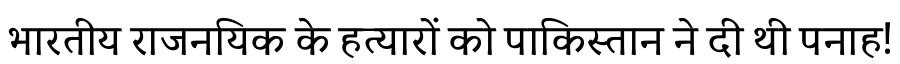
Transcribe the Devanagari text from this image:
भारतीय राजनयिक के हत्यारों को पाकिस्तान ने दी थी पनाह!